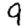
Digit: 9